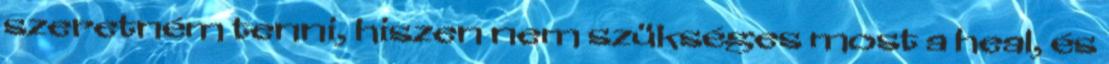
szeretném tenni, hiszen nem szükséges most a heal, és